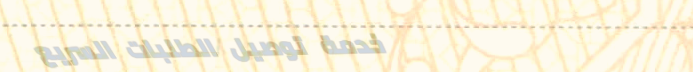
خدمة توصيل الطلبات السريع